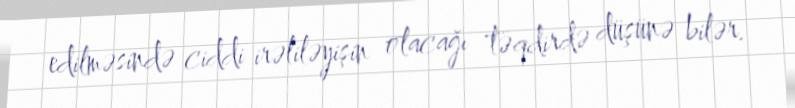
edilməsində ciddi irəliləyişin olacağı təqdirdə düşünə bilər.